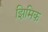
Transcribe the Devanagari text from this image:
झिमिक